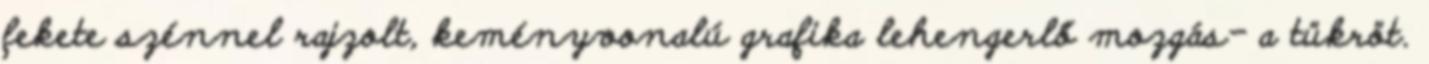
fekete szénnel rajzolt, keményvonalú grafika lehengerlő mozgás- a tükröt.